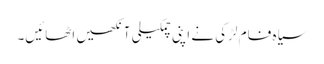
سیاہ فام لڑکی نے اپنی چمکیلی آنکھیں اٹھائیں۔